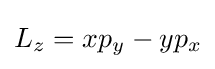
L_{z}=xp_{y}-yp_{x}